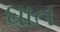
ઘાત